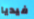
فيديا